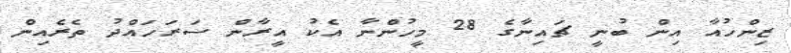
ޒިންހުއާ އިން ބުނީ ޗައިނާގެ 28 މީހުންނާ އެކު އީރާން ސަރަހައްދު ތެރެއިން